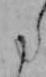
た